Madras plague regulations in force outside the Presidency town - Volume 3
Disease focus: Plague
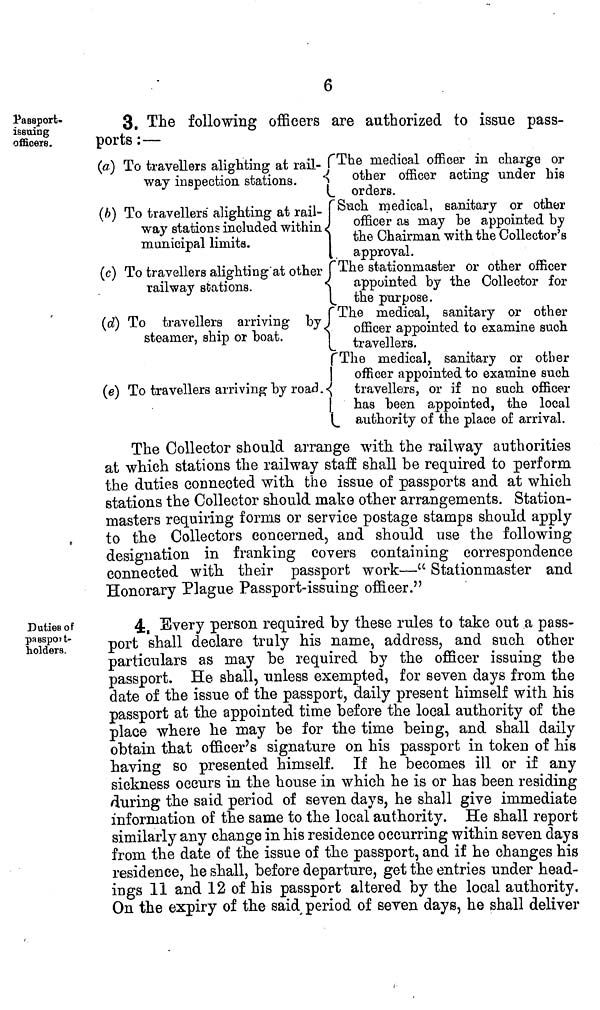
6
Passport-
issuing
officers.
3. The following officers are authorized to issue pass-
ports :—
(a.) To travellers alighting at rail-
way inspection stations.
(b] To travellers alighting at rail-
way stations included within <
municipal limits.
(c) To travellers alighting 'at other
railway stations.
(d) To travellers arriving by,
steamer, ship or boat.
(e) To travellers arriving by road.<
The medical officer in charge or
other officer acting under his
orders.
S
uch medical, sanitary or other
officer as may be appointed by
the Chairman with the Collector's
approval.
T
he stationmaster or other officer
appointed by the Collector for
the purpose.
r The medical, sanitary or other
officer appointed to examine such
travellers.
The medical, sanitary or other
| officer appointed to examine such
travellers, or if no such officer
¡ has been appointed, the local
authority of the place of arrival.
The Collector should arrange with, the railway authorities
at which stations the railway staff shall be required to perform
the duties connected with the issue of passports and at which
stations the Collector should make other arrangements. Station-
masters requiring forms or service postage stamps should apply
to the Collectors concerned, and should use the following
designation in franking covers containing correspondence
connected with their passport work—" Stationmaster and
Honorary Plague Passport-issuing officer."
Duties of
passport-
holders.
4, Every person required by these rules to take out a pass-
port shall declare truly his name, address, and such other
particulars as may be required by the officer issuing the
passport. He shall, unless exempted, for seven days from the
date of the issue of the passport, daily present himself with his
passport at the appointed time before the local authority of the
place where he may be for the time being, and shall daily
obtain that officer's signature on his passport in token of Ms
having so presented himself. If he becomes ill or if any
sickness occurs in the house in which he is or has been residing
during the said period of seven days, he shall give immediate
information of the same to the local authority. He shall report
similarly any change in his residence occurring within seven days
from the date of the issue of the passport, and if he changes his
residence, he shall, before departure, get the entries under head-
ings 11 and 12 of his passport altered by the local authority.
On the expiry of the said period of seven days, he shall deliver